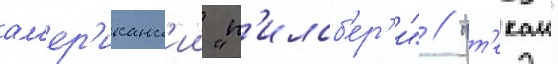
ам'ер'иканск'ии "п'илсб'ер'и" // "т'екаи"